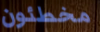
مخطئون